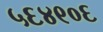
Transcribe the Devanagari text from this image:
५६४९०६